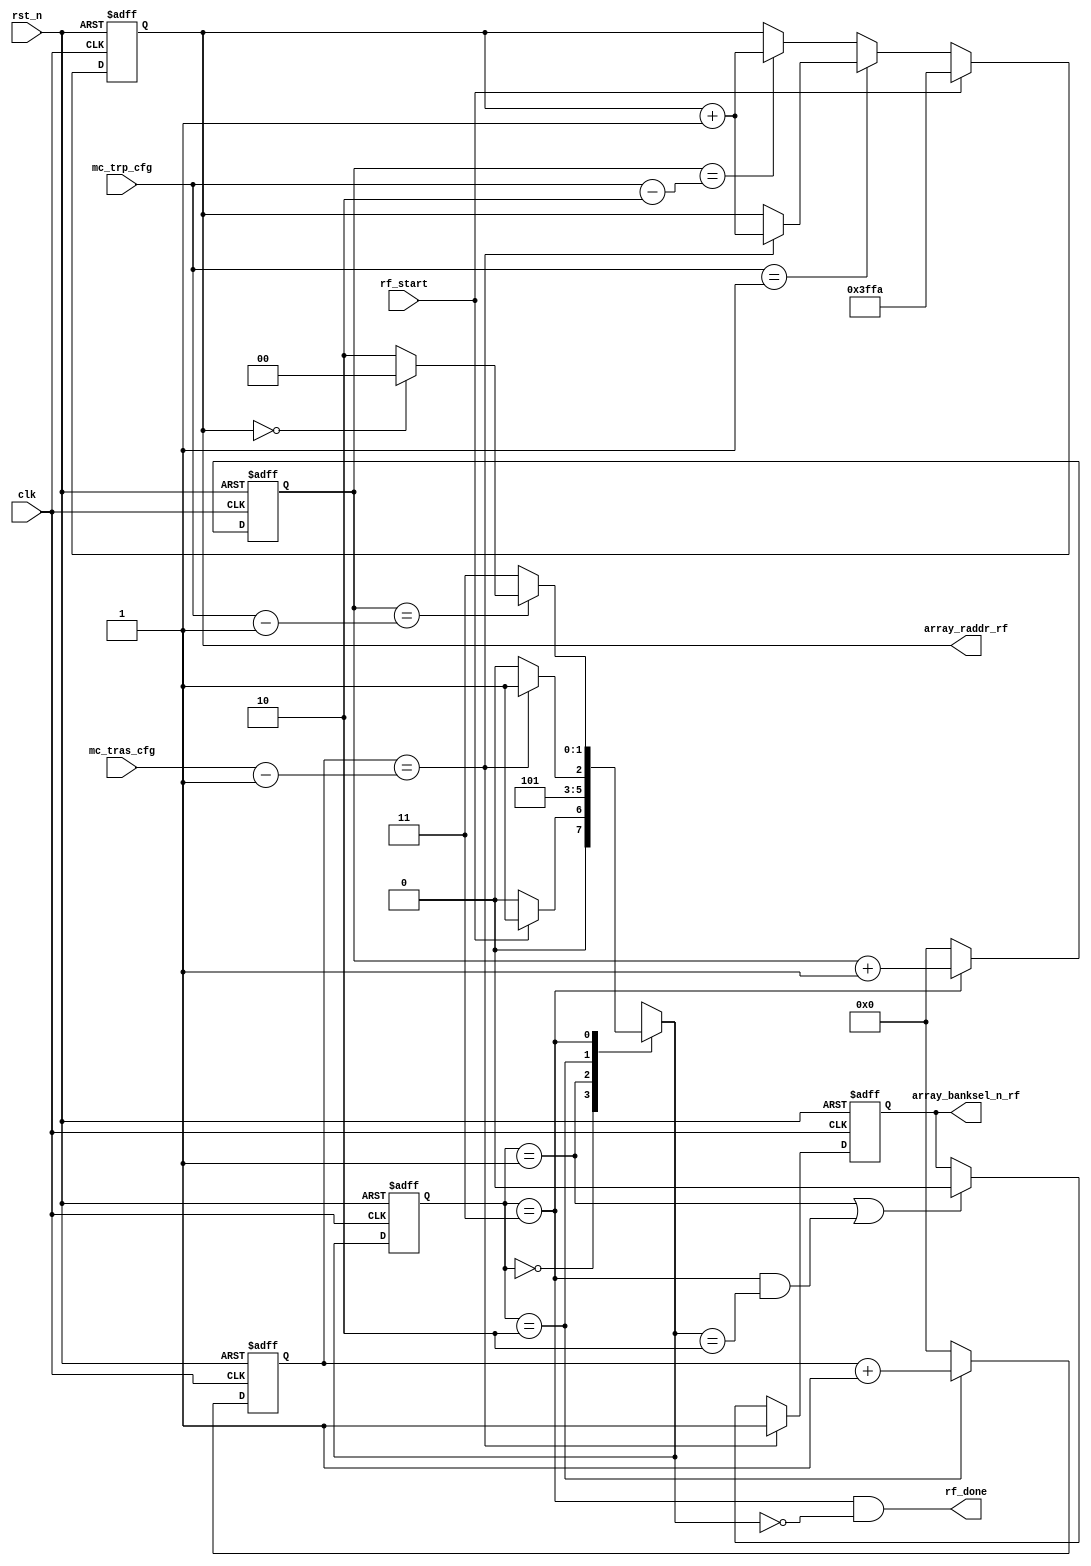
module array_rf_ctrl #(
    parameter AXI_RADDR_WIDTH = 14
)(
    //global signal
    input                            clk               ,
    input                            rst_n             ,
    //mc_apb_cfg
    input      [7:0]                 mc_tras_cfg       ,
    input      [7:0]                 mc_trp_cfg        ,
    //fsm_ctrl
    input                            rf_start          ,
    output                           rf_done           ,
    //array_if_sel
    output reg                       array_banksel_n_rf,
    output reg [AXI_RADDR_WIDTH-1:0] array_raddr_rf    
);

parameter IDLE = 2'd0, UP_RADDR = 2'd1, RF_TRAS = 2'd2, RF_TRP = 2'd3;

reg [1:0] fsm_cs;
reg [1:0] fsm_ns;

reg [7:0] tras_cnt;
reg [7:0] trp_cnt ;
/*
always@(posedge clk or negedge rst_n) begin
if(!rst_n)
end*/
always@(posedge clk or negedge rst_n) begin
if(!rst_n)
    fsm_cs <= IDLE;
else
    fsm_cs <= fsm_ns;
end

always@(*) begin
case(fsm_cs)
    IDLE: begin
        if(rf_start) 
            fsm_ns = UP_RADDR;
        else
            fsm_ns = IDLE;
    end
    UP_RADDR:
        fsm_ns = RF_TRAS;
    RF_TRAS: begin
        if(tras_cnt == mc_tras_cfg - 8'd1)
            fsm_ns = RF_TRP;
        else
            fsm_ns = RF_TRAS;
    end
    RF_TRP: begin
        if(trp_cnt == mc_trp_cfg - 8'd1)
            if(array_raddr_rf == 14'd0)
                fsm_ns = IDLE;
            else
                fsm_ns = RF_TRAS;
        else
            fsm_ns = RF_TRP;
    end
endcase
end

always@(posedge clk or negedge rst_n) begin
if(!rst_n)
    tras_cnt <= 8'd0;
else if(fsm_cs == RF_TRAS)
    tras_cnt <= tras_cnt + 8'd1;
else
    tras_cnt <= 8'd0;
end

always@(posedge clk or negedge rst_n) begin
if(!rst_n)
    trp_cnt <= 8'd0;
else if(fsm_cs == RF_TRP)
    trp_cnt <= trp_cnt + 8'd1;
else
    trp_cnt <= 8'd0;
end

always@(posedge clk or negedge rst_n) begin
if(!rst_n)
    array_raddr_rf <= {AXI_RADDR_WIDTH{1'b0}};    
else if(rf_start)
    array_raddr_rf <= 14'h3ffa;
else begin
    if(mc_trp_cfg == 8'd1) begin
        if(tras_cnt == mc_tras_cfg-8'd1)
            array_raddr_rf <= array_raddr_rf + 14'd1;
    end        
    else begin
        if(trp_cnt == mc_trp_cfg-8'd2)
            array_raddr_rf <= array_raddr_rf + 14'd1; 
    end        
end
end

always@(posedge clk or negedge rst_n) begin
if(!rst_n)
    array_banksel_n_rf <= 1'b1;
else if(tras_cnt == mc_tras_cfg-8'd1)
    array_banksel_n_rf <= 1'b1;
else if(fsm_cs==UP_RADDR || (fsm_cs==RF_TRP && fsm_ns==RF_TRAS))
    array_banksel_n_rf <= 1'b0;
end

assign rf_done = fsm_cs==RF_TRP && fsm_ns==IDLE;

endmodule